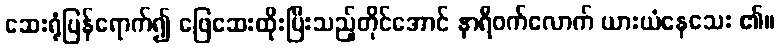
ဆေးရုံပြန်ရောက်၍ ဖြေဆေးထိုးပြီးသည့်တိုင်အောင် နာရီဝက်လောက် ယားယံနေသေး ၏။